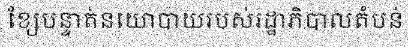
ខ្សែបន្ទាត់នយោបាយរបស់រដ្ឋាភិបាលតំបន់